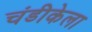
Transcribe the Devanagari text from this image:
चंडीकेला